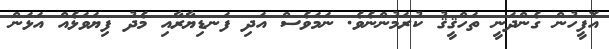
އޮފީހުން ގެންދަނީ ތަހްޤީޤު ކުރަމުންނެވެ. ނަމަވެސް އަދި ފަނޑިޔާރާއި މެދު ފިޔަވަޅެއް އަޅަން